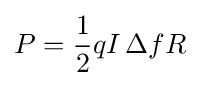
P={\frac {1}{2}}qI\,\Delta fR